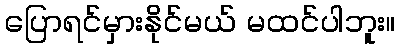
ပြောရင်မှားနိုင်မယ် မထင်ပါဘူး။